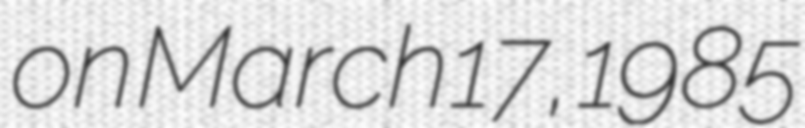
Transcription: on March 17, 1985